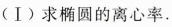
(Ⅰ)求椭圆的离心率.